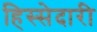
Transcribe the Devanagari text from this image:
हिस्‍सेदारी